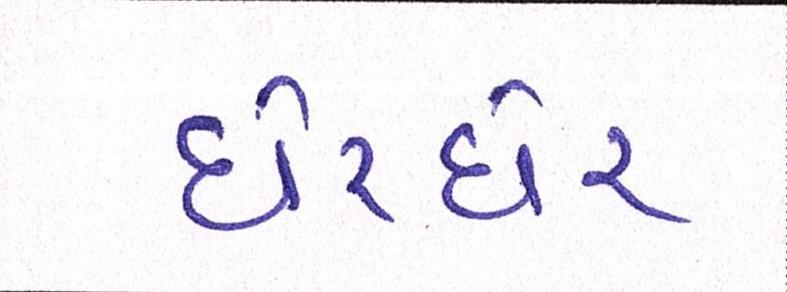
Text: ઘેરઘેર